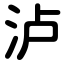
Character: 泸